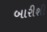
બારીશી